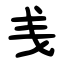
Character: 㦮